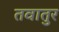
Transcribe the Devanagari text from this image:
तवातुर